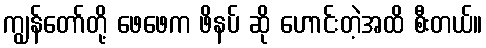
ကျွန်တော်တို့ ဖေဖေက ဖိနပ် ဆို ဟောင်းတဲ့အထိ စီးတယ်။